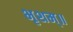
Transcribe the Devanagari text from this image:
भृशम्॥